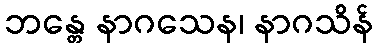
ဘန္တေ နာဂသေန၊ နာဂသိန်